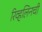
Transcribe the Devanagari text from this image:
रिव्हलिनची